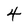
Character: 4